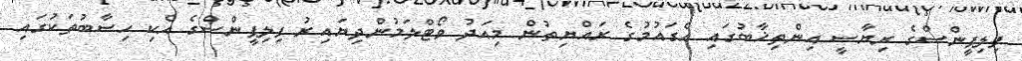
ފިލިޕީންސްގެ ރިޔާސީ އިންތިޚާބުގައި އެގައުމުގެ ރައްޔިތުން މިއަދު ވޯޓްލަމުންދިޔައިރު ފިލިޕީންސްގެ އެކި ހިސާބުތަކުގައި